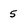
Character: 5